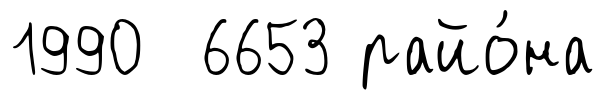
1990 6653 райо́на